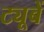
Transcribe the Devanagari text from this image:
ट्यूबें